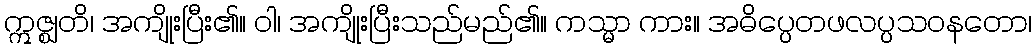
ဣဇ္ဈတိ၊ အကျိုးပြီး၏။ ဝါ၊ အကျိုးပြီးသည်မည်၏။ ကသ္မာ ကား။ အဓိပ္ပေတဖလပ္ပသဝနတော၊